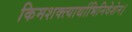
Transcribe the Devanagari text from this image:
किमशक्त्यार्थाभिनिवेशेन।